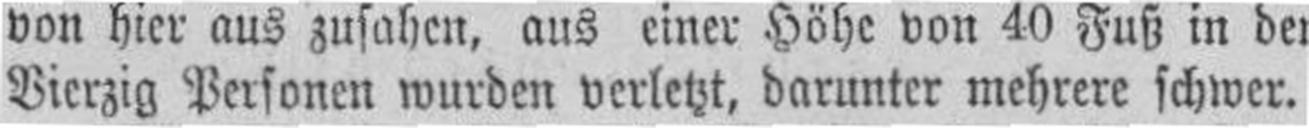
Vierzig Personen wurden verletzt, darunter mehrere schwer.